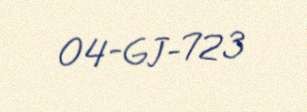
04-GJ-723